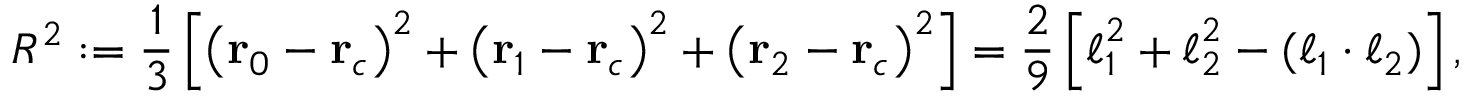
R ^ { 2 } : = \frac { 1 } { 3 } \left[ \left( \mathbf { r } _ { 0 } - \mathbf { r } _ { c } \right) ^ { 2 } + \left( \mathbf { r } _ { 1 } - \mathbf { r } _ { c } \right) ^ { 2 } + \left( \mathbf { r } _ { 2 } - \mathbf { r } _ { c } \right) ^ { 2 } \right] = \frac { 2 } { 9 } \left[ \boldsymbol { \ell } _ { 1 } ^ { 2 } + \boldsymbol { \ell } _ { 2 } ^ { 2 } - ( \boldsymbol { \ell } _ { 1 } \cdot \boldsymbol { \ell } _ { 2 } ) \right] ,